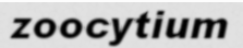
zoocytium